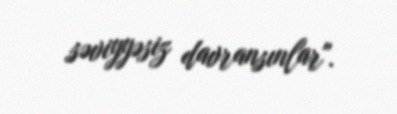
səviyyəsiz davransınlar".